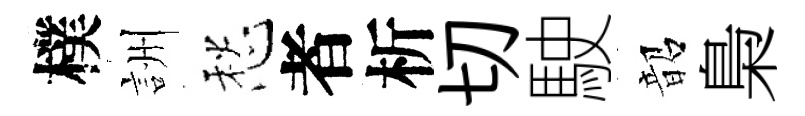
樸詶愁者析切駛韶梟